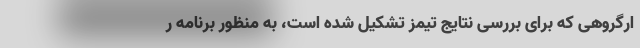
ارگروهی که برای بررسی نتایج تیمز تشکیل شده است، به منظور برنامه ر